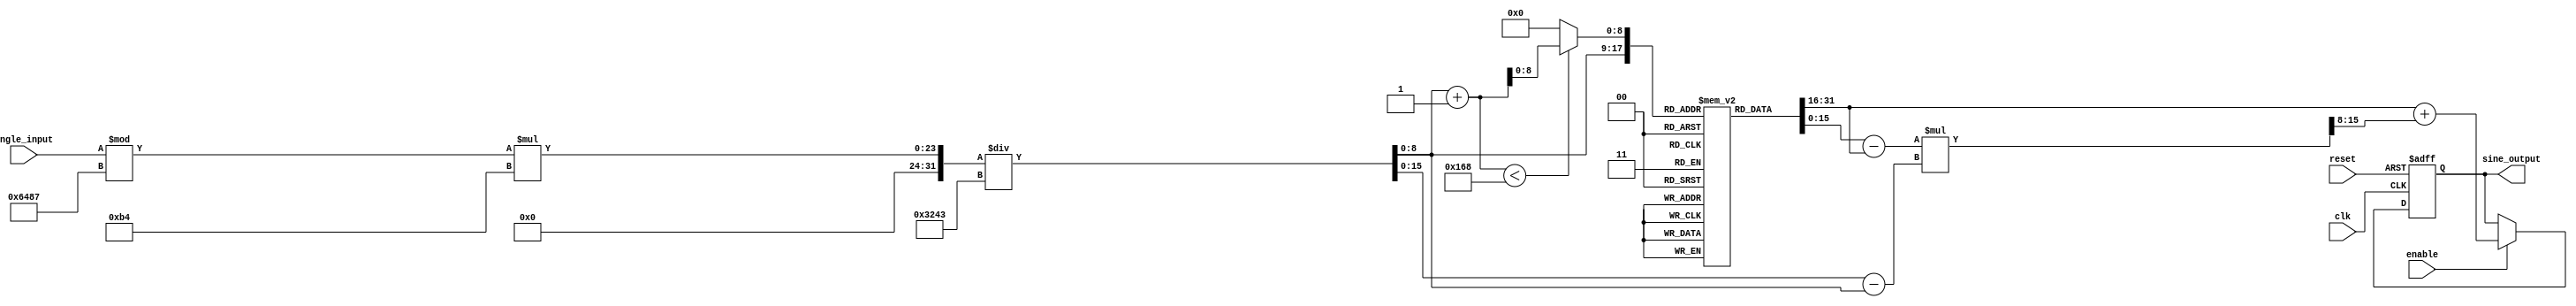
module sine_block (
    input wire clk,
    input wire reset,
    input wire enable,
    input wire [15:0] angle_input, // 16-bit input angle in radians (fixed-point)
    output reg [15:0] sine_output // 16-bit output sine value (fixed-point)
);

    // Parameters
    parameter LUT_SIZE = 360; // Size of the LUT (0 to 359 degrees)
    parameter PI = 16'h3243; // Fixed-point representation of  (approx. 3.14159)
    parameter TWO_PI = 16'h6487; // Fixed-point representation of 2 (approx. 6.28318)

    // Sine lookup table (precomputed values for sine from 0 to 359 degrees)
    reg [15:0] sine_lut [0:LUT_SIZE-1];

    // Internal signals
    reg [15:0] normalized_angle;
    reg [8:0] lut_index; // 9 bits to accommodate LUT_SIZE
    reg [15:0] sine_value1, sine_value2;
    reg [15:0] fraction;

    // Initialize the sine lookup table (this should be done in a separate initialization block)
    initial begin
        // Populate the sine LUT with precomputed sine values (in fixed-point format)
        // Example values for sine from 0 to 359 degrees
        sine_lut[0] = 16'h0000; // sin(0)
        sine_lut[1] = 16'h0192; // sin(1)
        // ... (populate the rest of the LUT)
        sine_lut[359] = 16'h0000; // sin(359)
    end

    // Angle normalization and LUT access
    always @(posedge clk or posedge reset) begin
        if (reset) begin
            sine_output <= 16'h0000;
        end else if (enable) begin
            // Normalize angle to [0, 2)
            normalized_angle = angle_input % TWO_PI;

            // Convert radians to degrees (assuming angle_input is in fixed-point radians)
            lut_index = normalized_angle * 180 / PI; // Convert radians to degrees

            // Get the two nearest LUT values
            sine_value1 = sine_lut[lut_index];
            sine_value2 = sine_lut[lut_index + 1 < LUT_SIZE ? lut_index + 1 : 0];

            // Calculate the fraction for interpolation
            fraction = (normalized_angle * 180 / PI) - lut_index;

            // Linear interpolation
            sine_output <= sine_value1 + ((sine_value2 - sine_value1) * fraction >> 8); // Adjust shift based on fixed-point representation
        end
    end

endmodule